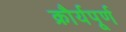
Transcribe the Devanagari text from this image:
क्रौर्यपूर्ण